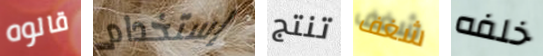
قالوه إستخدام تنتج شغف خلفه